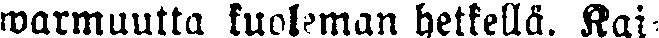
warmuutta kuoleman hetkellä. Kai-